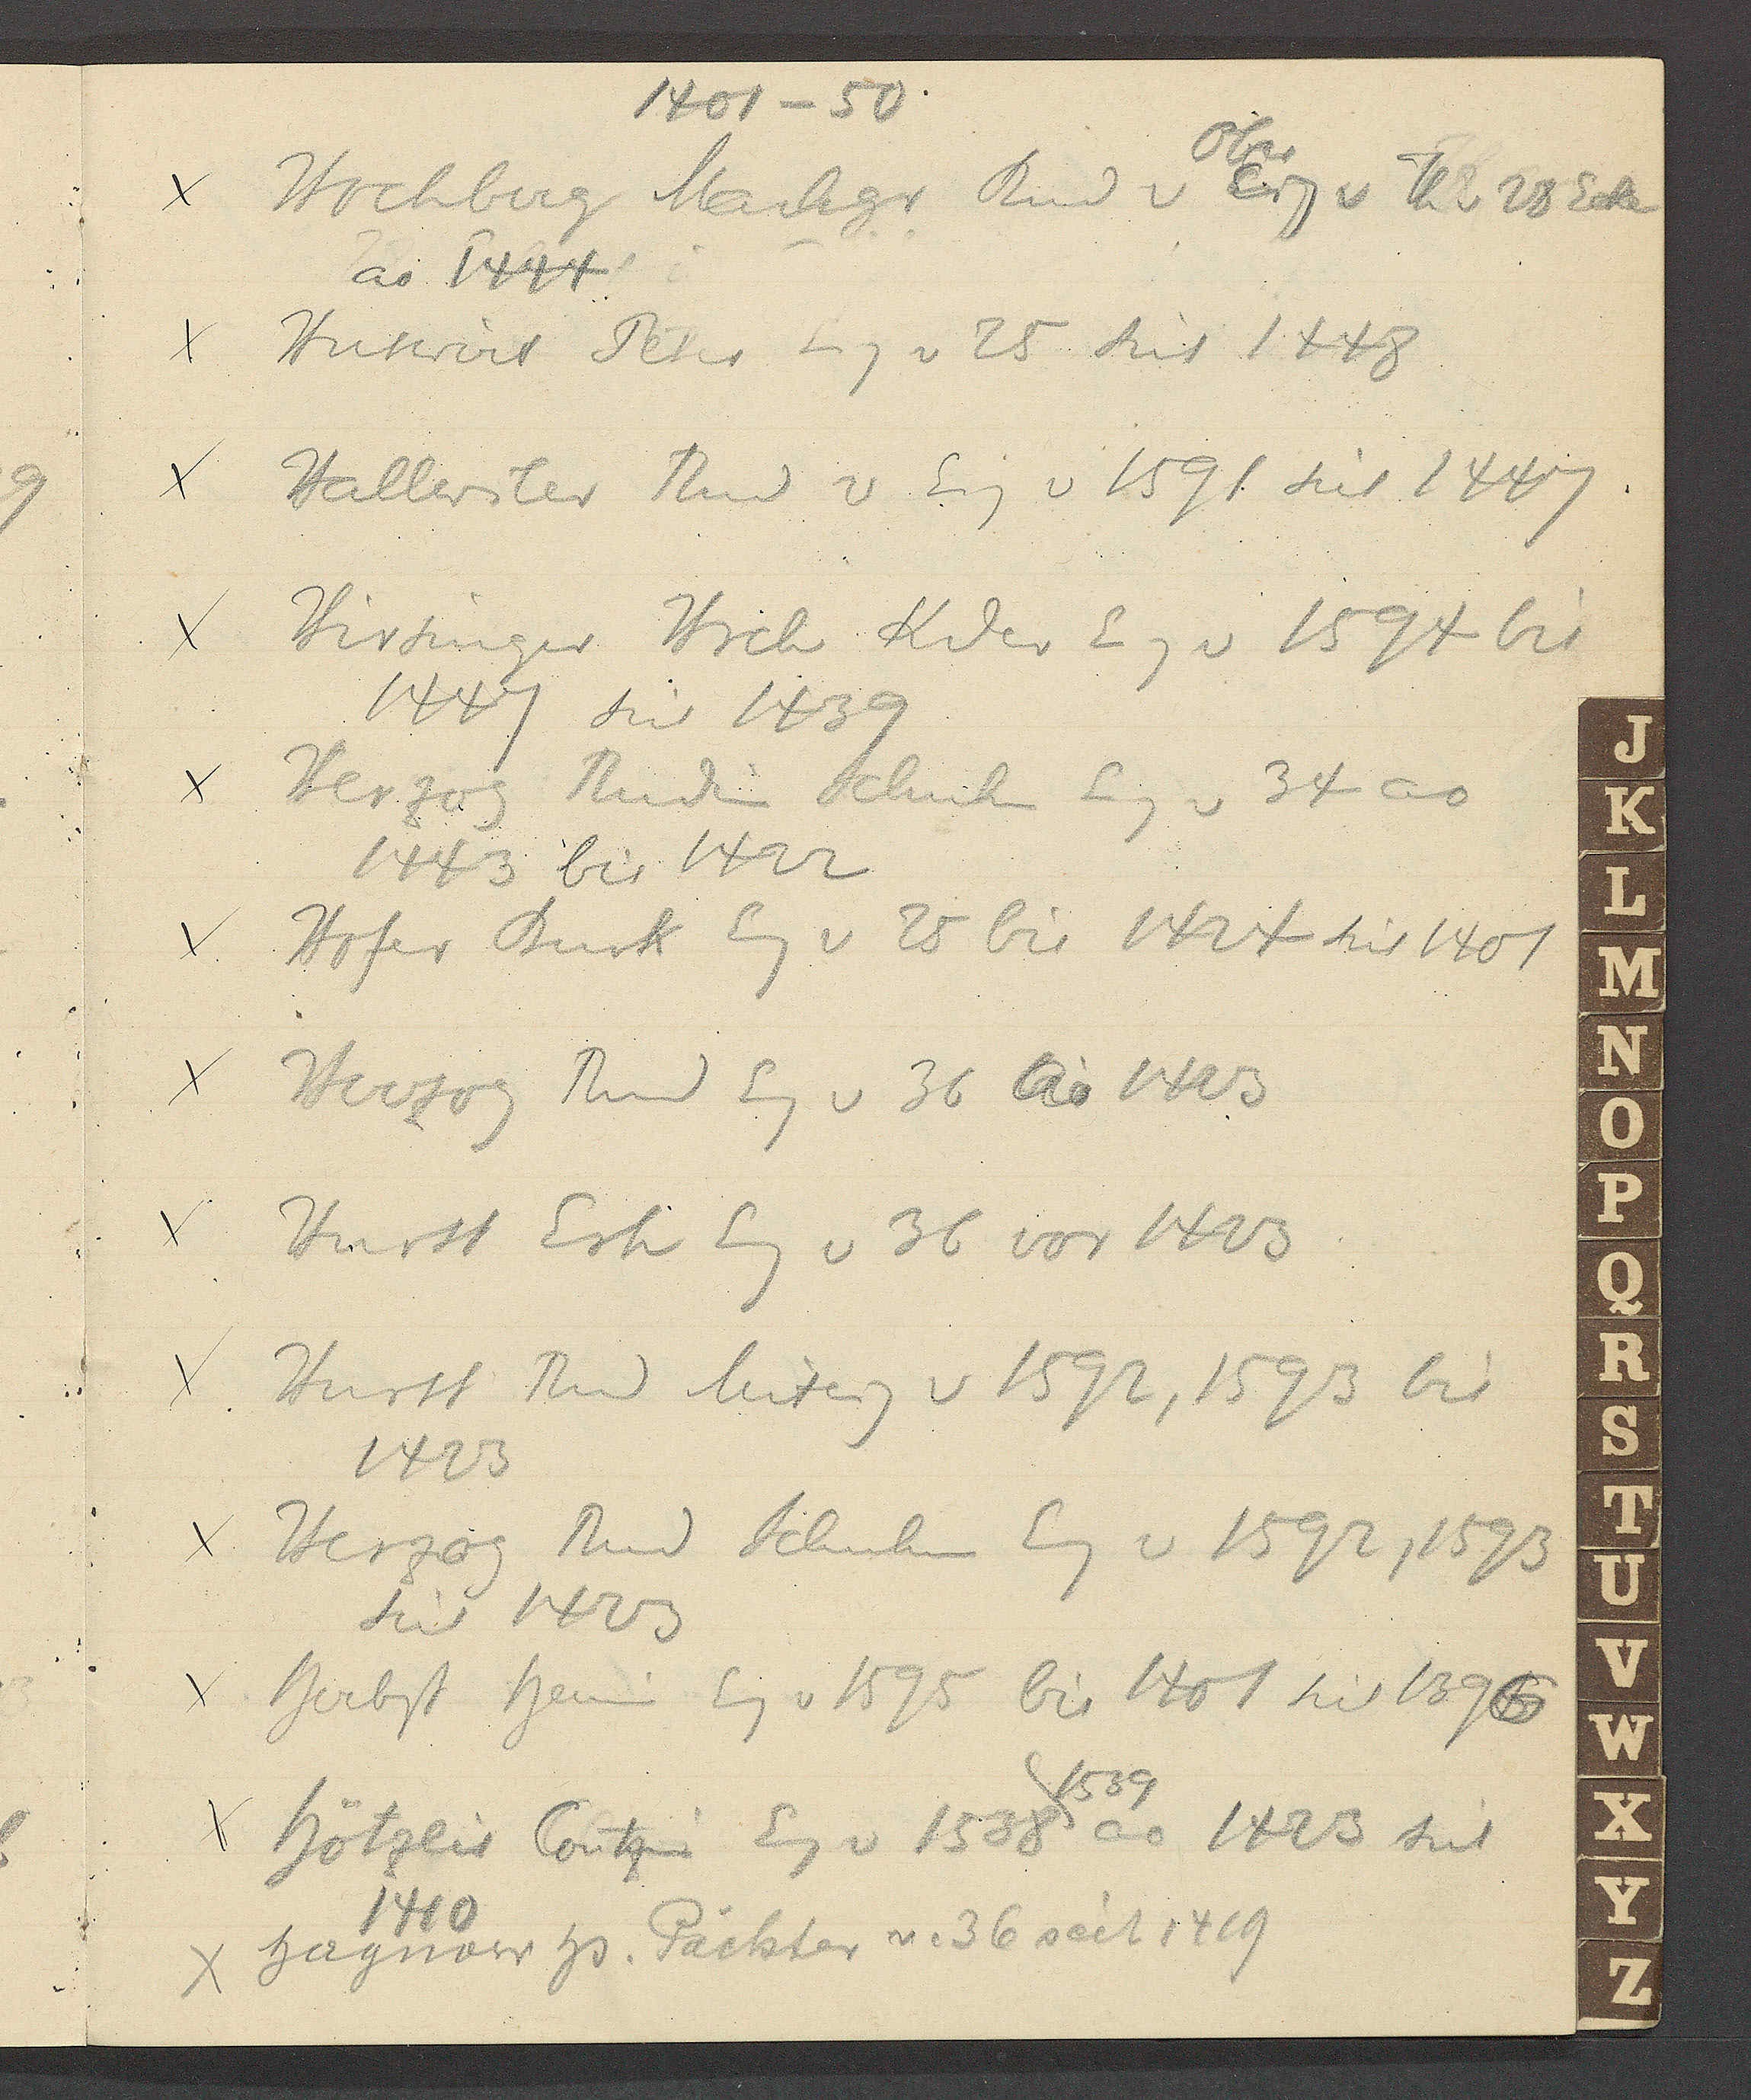
Transcript:
1401 – 50
Hochberg Markgr Rud v Eig v Th v 28 Ecke
Ober
ao 1444
Huswirt Peter Eig v 25 seit 1448
Hallwiler Rud v Eig v 1591 seit 1447
Hirsinger Hrch Kder Eig v 1594 bis
1447 seit 1439
Herzog Rudin Schuhm Eig v 34 ao
1443 bis 1422
Hofer Burk Eg v 28 bis 1424 seit 1401
Herzog Rud Eg v 36 Ao 1423
Hurst Erh Eg v 36 vor 1423
Hurst Rud Miteig v 1592, 1593 bis
1423
Herzog Rud Schuhm Eg v 1592, 1593
seit 1423
Herbst Heini Eig v 1595 bis 1401 seit 1396
1539
Hötzlin Contzin Eg v 1538 ao 1423 seit
1410
Hagnow Hs. Pächter v. 36 seit 1419